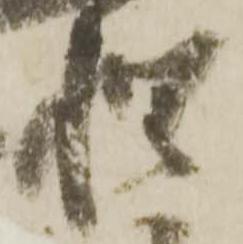
惶